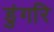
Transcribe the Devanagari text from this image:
डुंगरि